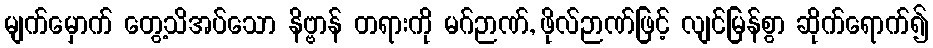
မျက်မှောက် တွေ့သိအပ်သော နိဗ္ဗာန် တရားကို မဂ်ဉာဏ်, ဖိုလ်ဉာဏ်ဖြင့် လျင်မြန်စွာ ဆိုက်ရောက်၍